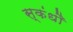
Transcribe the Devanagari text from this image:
स्कंधौ